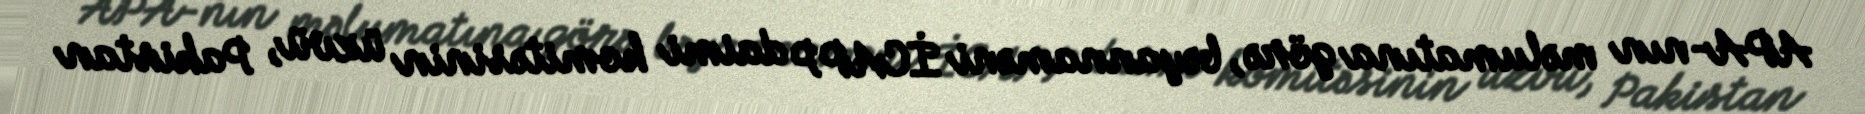
APA-nın məlumatına görə, bəyannaməni İCAPP daimi komitəsinin üzvü, Pakistan